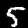
Digit: 5